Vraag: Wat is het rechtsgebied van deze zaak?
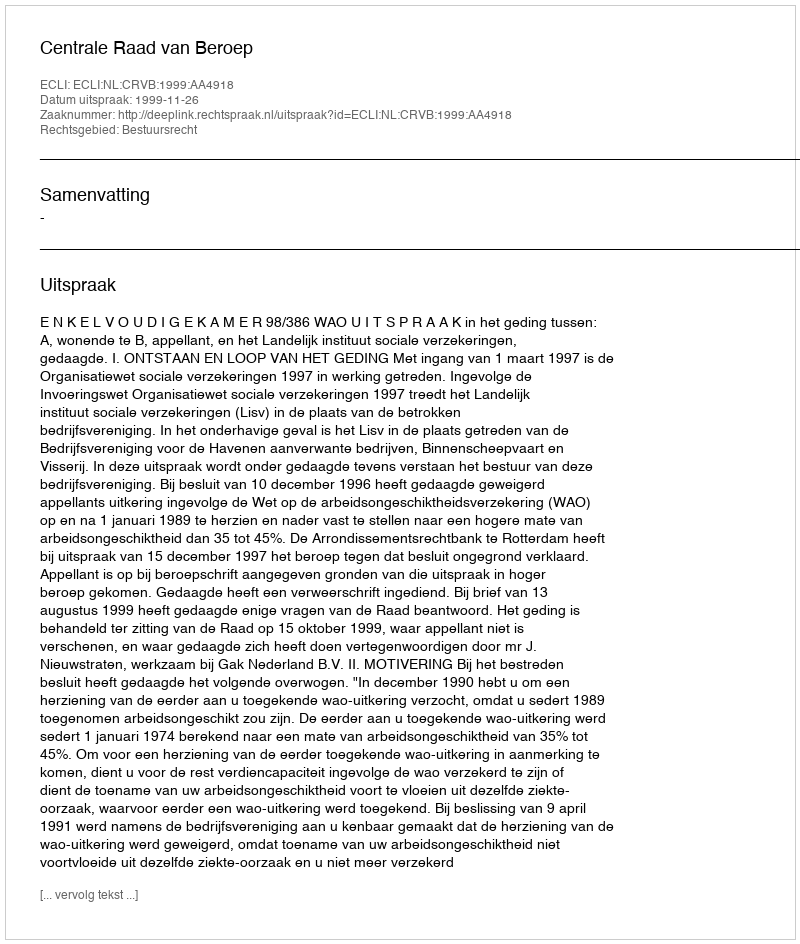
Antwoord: Bestuursrecht